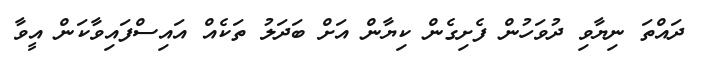
ދައްތަ ނިޔާވި ދުވަހުން ފެށިގެން ކިޔާން އަށް ބަދަލު ތަކެއް އައިސްފައިވާކަން އީވާ